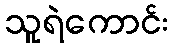
သူရဲကောင်း